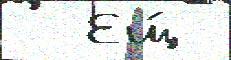
  Ещ́